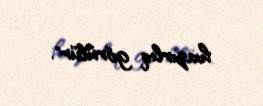
hazırlıq görülür".